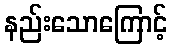
နည်းသောကြောင့်